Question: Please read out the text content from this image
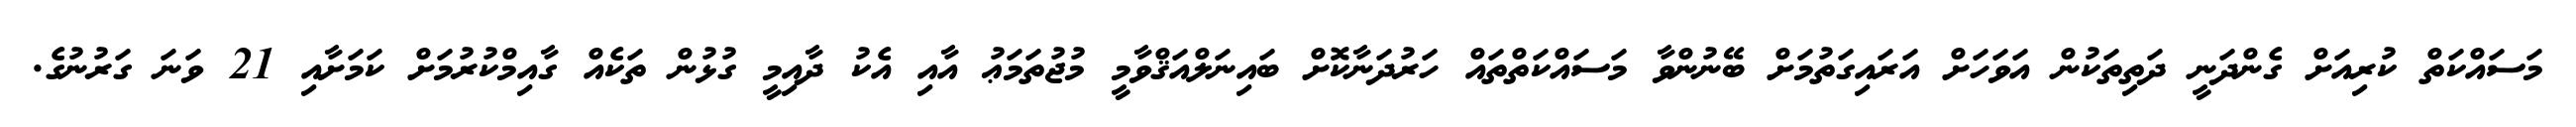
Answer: މަސައްކަތް ކުރިއަށް ގެންދަނީ ދަތިތަކުން އަވަހަށް އަރައިގަތުމަށް ބޭނުންވާ މަސައްކަތްތައް ހަރުދަނާކޮށް ބައިނަލްއަޤްވާމީ މުޖުތަމަޢު އާއި އެކު ދާއިމީ ގުޅުން ތަކެއް ގާއިމްކުރުމަށް ކަމަށާއި 21 ވަނަ ގަރުނުގެ.